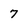
Character: 7